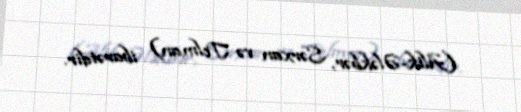
(Alik-Ələkbər, Sərxan və Telman) ibarətdir.